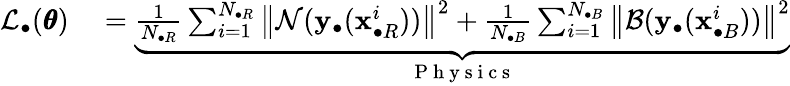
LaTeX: \begin{array}{rl}{\mathcal{L}_{\bullet}(\pmb{\theta})}&{{}=\underbrace{\frac{1}{N_{\bullet R}}\sum_{i=1}^{N_{\bullet R}}{\left\| \mathcal{N}(\mathbf{y}_{\bullet}(\mathbf{x}_{\bullet R}^{i}))\right\| ^{2}}+\frac{1}{N_{\bullet B}}\sum_{i=1}^{N_{\bullet B}}{\left\| \mathcal{B}(\mathbf{y}_{\bullet}(\mathbf{x}_{\bullet B}^{i}))\right\| ^{2}}}_{\mathrm{~P~h~y~s~i~c~s~}}}\end{array}